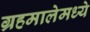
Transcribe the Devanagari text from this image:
ग्रहमालेमध्ये